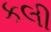
કલી